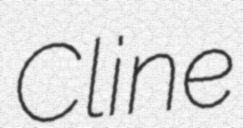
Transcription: Cline